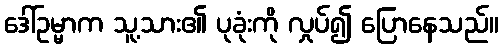
ဒေါ်ဥမ္မာက သူ့သား၏ ပုခုံးကို လှုပ်၍ ပြောနေသည်။